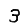
Digit: 3